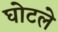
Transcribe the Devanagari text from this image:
घोटले